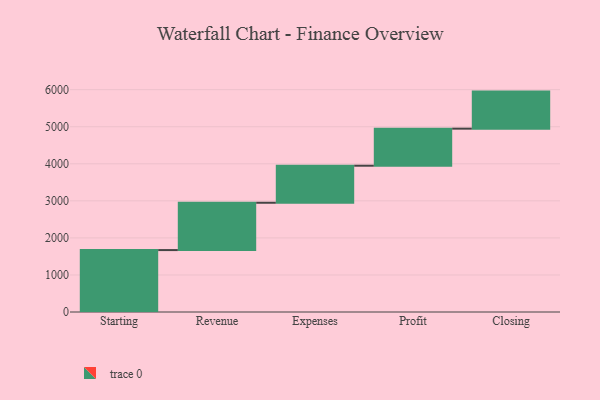
{"axis": {"x": "Step", "y": "Value"}, "legend": [""], "data": [{"x": "Starting", "y": 1671.0, "type": ""}, {"x": "Revenue", "y": 1277.0, "type": ""}, {"x": "Expenses", "y": 1000, "type": ""}, {"x": "Profit", "y": 1000, "type": ""}, {"x": "Closing", "y": 1000, "type": ""}]}